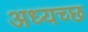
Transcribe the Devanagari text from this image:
अध्यच्छ